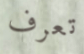
تعرف